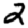
Digit: 2